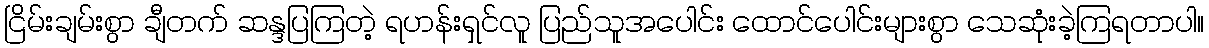
ငြိမ်းချမ်းစွာ ချီတက် ဆန္ဒပြကြတဲ့ ရဟန်းရှင်လူ ပြည်သူအပေါင်း ထောင်ပေါင်းများစွာ သေဆုံးခဲ့ကြရတာပါ။